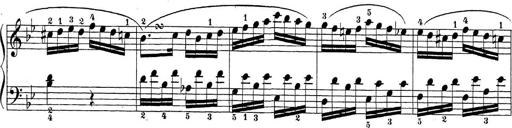
Title: Sonatina Album
Composer: Louis KÃ¶hler